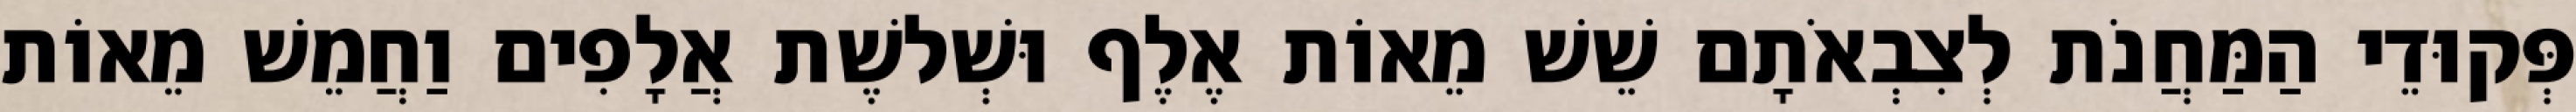
פְּקוּדֵי הַמַּחֲנֹת לְצִבְאֹתָם שֵׁשׁ מֵאוֹת אֶלֶף וּשְׁלשֶׁת אֲלָפִים וַחֲמֵשׁ מֵאוֹת